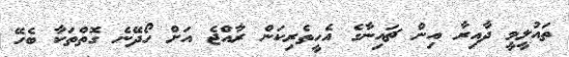
ތައުލީމީ ދާއިރާ އިން ޗައިނާގެ އެހީތެރިކަން ރާއްޖެ އަށް ހޯދޭނެ ގޮތްތަކާ ބެހޭ